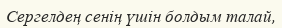
Сергелдең сенің үшін болдым талай,